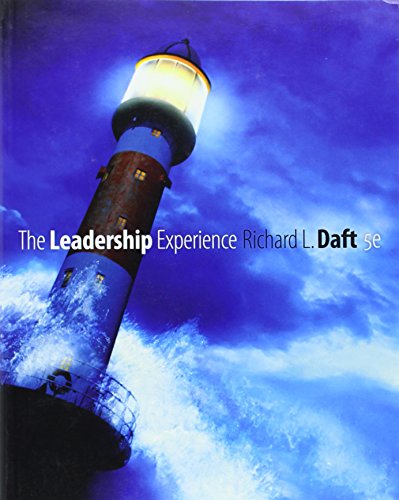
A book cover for The Leadership Experience (Available Titles CengageNOW); Richard L. Daft; Business & Money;